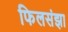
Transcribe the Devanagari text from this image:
फिलसंझा